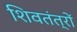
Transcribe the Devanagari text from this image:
शिवतंत्रों